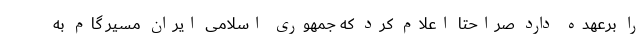
را برعهده دارد صراحتا اعلام کرد که جمهوری اسلامی ایران مسیر گام به